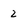
Character: 2